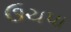
ઉચપા